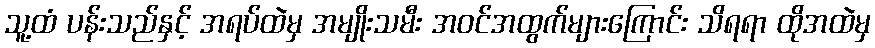
သူ့ထံ ပန်းသည်နှင့် အရပ်ထဲမှ အမျိုးသမီး အဝင်အထွက်များကြောင်း သိရရာ ထိုအထဲမှ